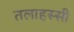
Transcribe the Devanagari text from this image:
तलाहस्सी